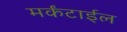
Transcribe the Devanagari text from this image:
मर्कंटाईल